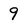
Character: 9